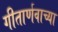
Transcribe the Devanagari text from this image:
गीतार्णवाच्या